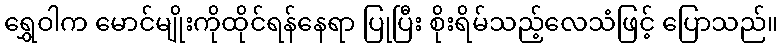
ရွှေဝါက မောင်မျိုးကိုထိုင်ရန်နေရာ ပြုပြီး စိုးရိမ်သည့်လေသံဖြင့် ပြောသည်။